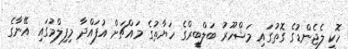
ހޮކީ ލެޖެންޑުގެ ގޮތުގައި މަޝްހޫރު ބަލްބީރްގެ ހަޔާތުގެ މައްޗަށް އުފައްދާ މިފިލްމުގައި އޭނާގެ